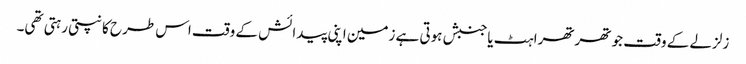
زلزلے کے وقت جو تھرتھراہٹ یاجنبش ہوتی ہے زمین اپنی پیدائش کے وقت اس طرح کانپتی رہتی تھی۔